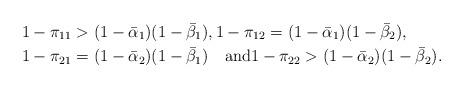
LaTeX: \begin{align*}1-\pi_{11} &> (1 - \bar\alpha_1)(1 - \bar\beta_1),1 - \pi_{12} = (1 - \bar\alpha_1)(1 - \bar\beta_2),\\1-\pi_{21} &= (1 - \bar\alpha_2)(1 - \bar\beta_1)\quad\mbox{and}1 - \pi_{22} > (1 - \bar\alpha_2)(1 - \bar\beta_2).\end{align*}